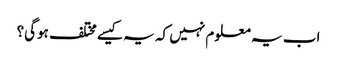
اب یہ معلوم نہیں کہ یہ کیسے مختلف ہوگی؟